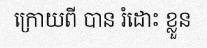
ក្រោយពី បាន រំដោះ ខ្លួន